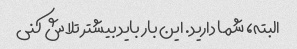
البته، شما دارید. این بار باید بیشتر تلاش کنی